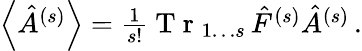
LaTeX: \begin{array}{r}{\left\langle\hat{A}^{(s)}\right\rangle=\frac{1}{s!}\mathrm{~T~r~}_{1\dots s}\, \hat{F}^{(s)}\hat{A}^{(s)}\, .}\end{array}